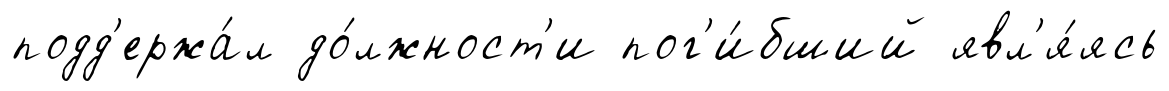
подд'ержа́л до́лжност'и пог'и́бший явл'я́ясь